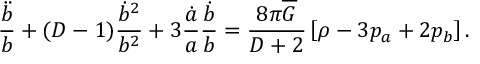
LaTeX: \frac { \ddot { b } } { b } + ( D - 1 ) \frac { \dot { b } ^ { 2 } } { b ^ { 2 } } + 3 \frac { \dot { a } } { a } \frac { \dot { b } } { b } = \frac { 8 \pi \overline { { { G } } } } { D + 2 } \left[ \rho - 3 p _ { a } + 2 p _ { b } \right] .